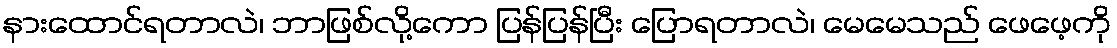
နားထောင်ရတာလဲ၊ ဘာဖြစ်လို့ကော ပြန်ပြန်ပြီး ပြောရတာလဲ၊ မေမေသည် ဖေဖေ့ကို